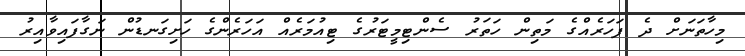
މިހާތަނަށް ދެ ފަހަރެއްގެ މަތިން ހަތަރު ސެންޓިމީޓަރުގެ ޓިއުމަރެއް އަހަރެންގެ ހަށިގަނޑުން ނަގާފައިވާއިރު